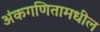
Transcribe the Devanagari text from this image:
अंकगणितामधील